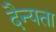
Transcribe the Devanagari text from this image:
दैन्यता